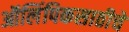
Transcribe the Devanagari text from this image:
ऑलिंपिकसाठीचे